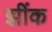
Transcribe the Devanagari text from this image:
झींक